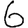
Digit: 6